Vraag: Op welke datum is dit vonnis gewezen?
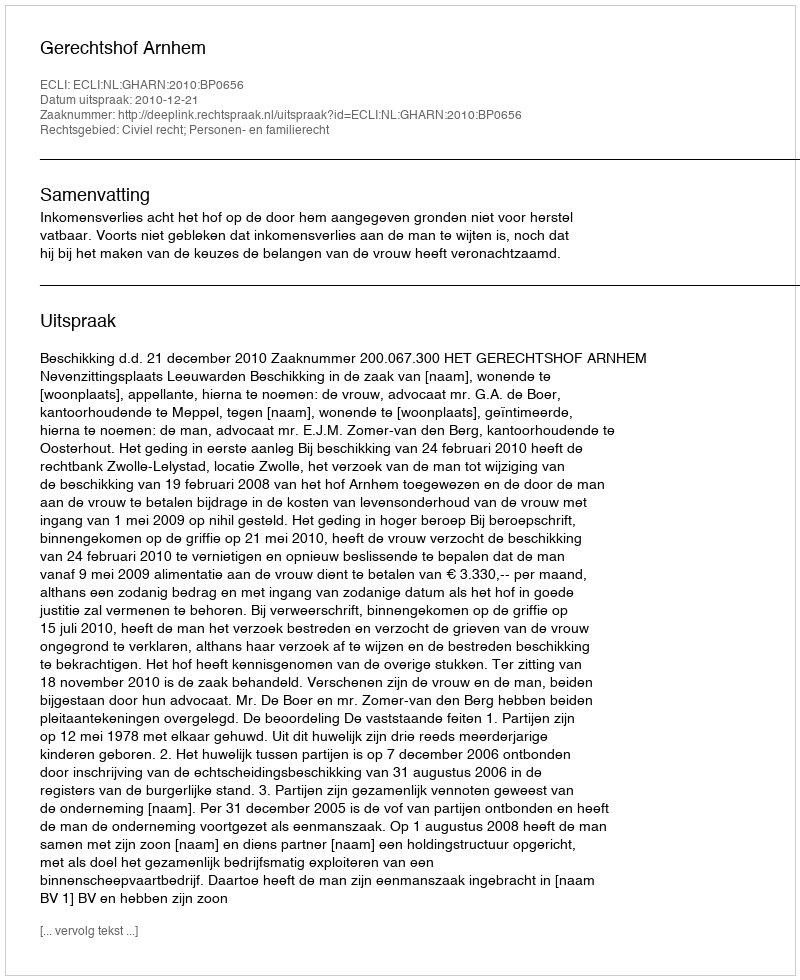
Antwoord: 2010-12-21